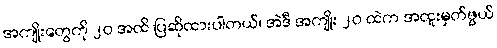
အကျိုးတွေကို ၂၀ အထိ ပြဆိုထားပါတယ်၊ အဲဒီ အကျိုး ၂၀ ထဲက အထူးမှတ်ဖွယ်